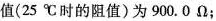
值(25℃时的阻值)为900.0Ω；